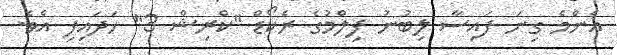
އެންމެ ގިނަ ފައިސާ ލިބުނު ފިލްމުގެ ރެކޯޑް "ކްރިޝް 3" ހަދައިފި އެވެ.